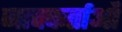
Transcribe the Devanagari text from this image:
जाचकर्ताओं